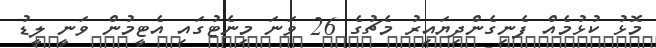
މޮޅު ކުޅުމެއް ފެނިގެންދިޔައިރު މެޗުގެ 26 ވަނަ މިނެޓުގައި އެޓީމުން ވަނީ ލީޑު